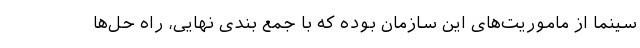
سینما از ماموریت‌های این سازمان بوده که با جمع بندی نهایی، راه حل‌ها